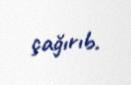
çağırıb.